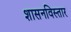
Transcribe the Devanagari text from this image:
शासनविस्तार